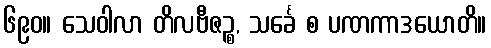
၆၉၀။ သေဝါလာ တိလဗီဇဉ္စ, သင်္ခေ စ ပဏကာဒယောတိ။